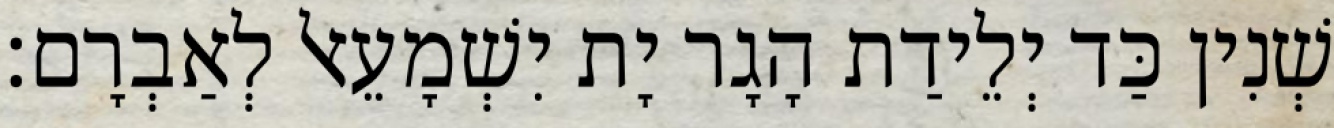
שְׁנִין כַּד יְלֵידַת הָגָר יָת יִשְׁמָעֵאל לְאַבְרָם׃